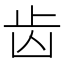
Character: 齿